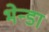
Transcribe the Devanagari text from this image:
भेन्डा